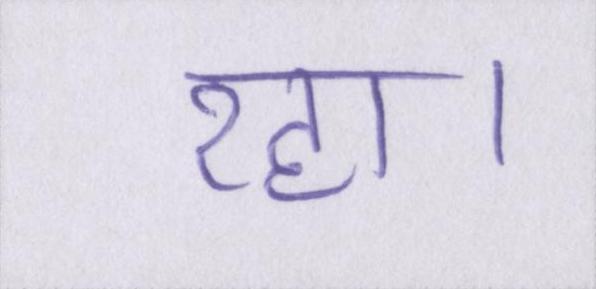
रहा।